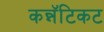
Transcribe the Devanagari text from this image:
कन्नॅटिकट